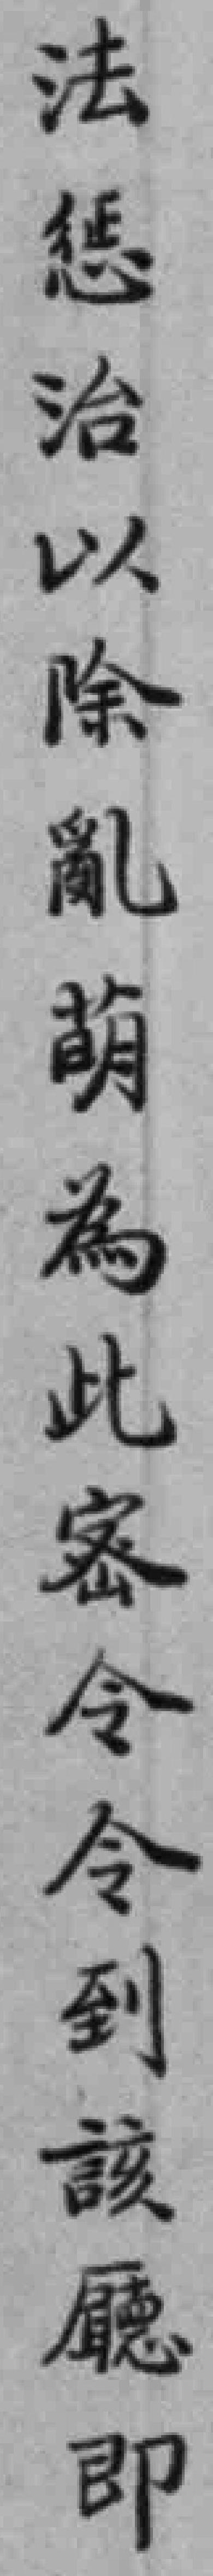
法惩治以除亂萌為此密令令到該廳即